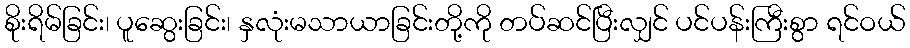
စိုးရိမ်ခြင်း၊ ပူဆွေးခြင်း၊ နှလုံးမသာယာခြင်းတို့ကို တပ်ဆင်ပြီးလျှင် ပင်ပန်းကြီးစွာ ရင်ဝယ်